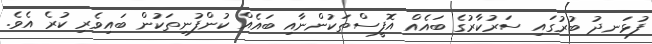
ފުޅަނދު ބުރުގައި ސަރުކާރުގެ ބައެއް އޮފީސްތަކުންނާއި ބައެއް ކުންފުނިތަކުން ބައިވެރި ކުރެ އެވެ.